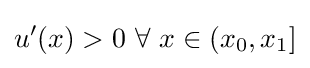
\displaystyle u'(x)>0{\mbox{ }}\forall {\mbox{ }}x\in \left(x_{0},x_{1}\right]